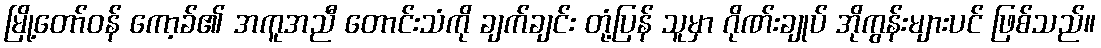
မြို့တော်ဝန် ကော့ခ်၏ အကူအညီ တောင်းသံကို ချက်ချင်း တုံ့ပြန် သူမှာ ဂိုဏ်းချုပ် အိုကွန်းများပင် ဖြစ်သည်။